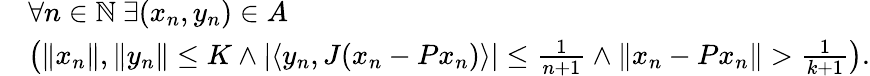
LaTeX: \begin{array}{rl}&{\forall n\in{\mathbb N}\ \exists(x_{n},y_{n})\in A}\\ &{\left(\| x_{n}\| ,\| y_{n}\| \leq K\land\left\vert\langle y_{n},J(x_{n}-Px_{n})\rangle\right\vert\leq\frac{1}{n+1}\land\| x_{n}-Px_{n}\| >\frac{1}{k+1}\right).}\end{array}